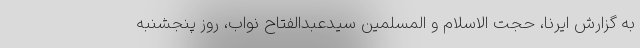
به گزارش ایرنا، حجت الاسلام و المسلمین سیدعبدالفتاح نواب، روز پنجشنبه